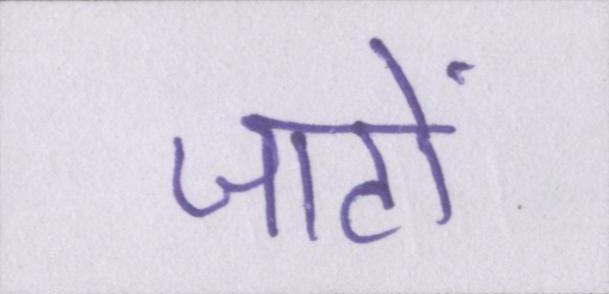
जाटों